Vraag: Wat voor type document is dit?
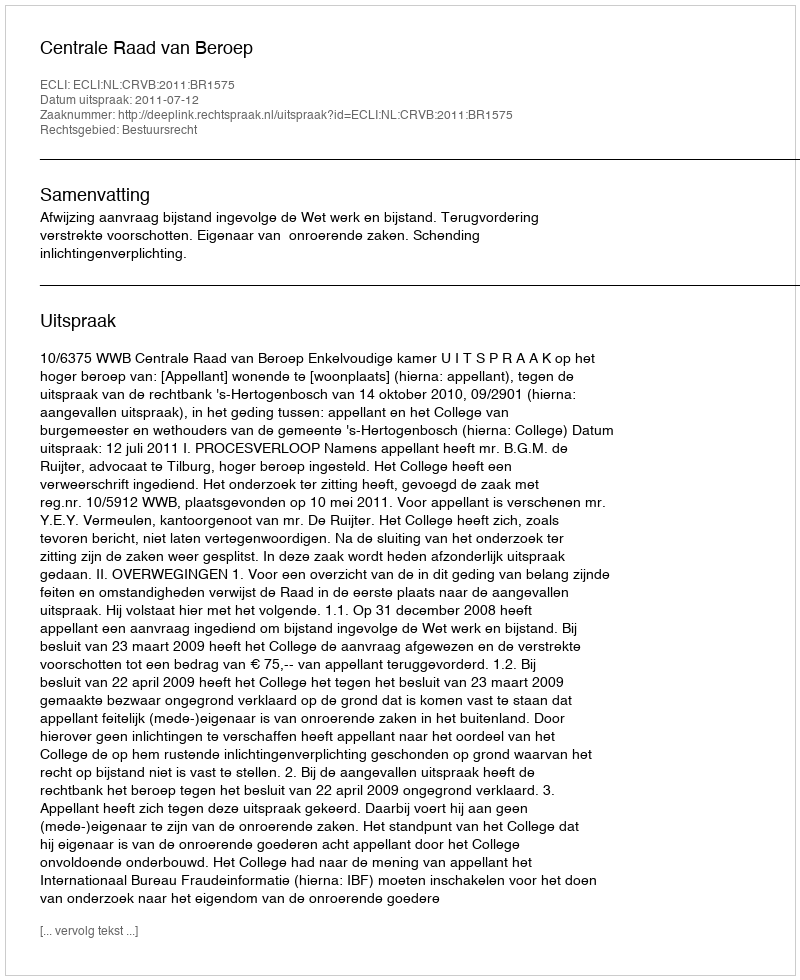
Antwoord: Uitspraak